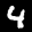
Digit: 4